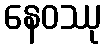
နေဝဿု